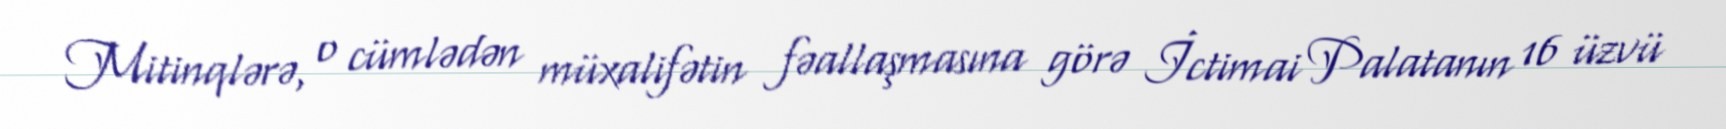
Mitinqlərə, o cümlədən müxalifətin fəallaşmasına görə İctimai Palatanın 16 üzvü